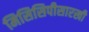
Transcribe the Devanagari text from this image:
मिसिसिपीसारखी